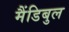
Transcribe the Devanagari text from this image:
मैंडिबुल